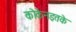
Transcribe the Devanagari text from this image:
कोकेनइतके